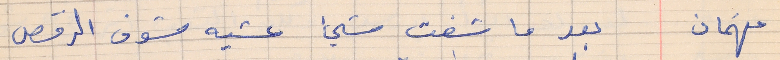
فهمان    بعد ما شفت شيء عشيه شوف الرقص